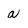
Character: a